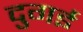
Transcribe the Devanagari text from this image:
दुगई